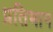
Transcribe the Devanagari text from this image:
प्रतिभान